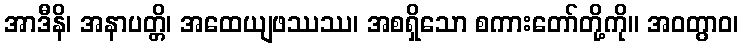
အာဒီနိ၊ အနာပတ္တိ၊ အထေယျဖဿဿ၊ အစရှိသော စကားတော်တို့ကို။ အဝတွာဝ၊